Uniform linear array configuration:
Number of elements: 32
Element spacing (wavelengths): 0.75
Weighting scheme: uniform
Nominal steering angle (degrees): -30
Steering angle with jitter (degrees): -31.23
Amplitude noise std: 0.05
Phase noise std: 0.05

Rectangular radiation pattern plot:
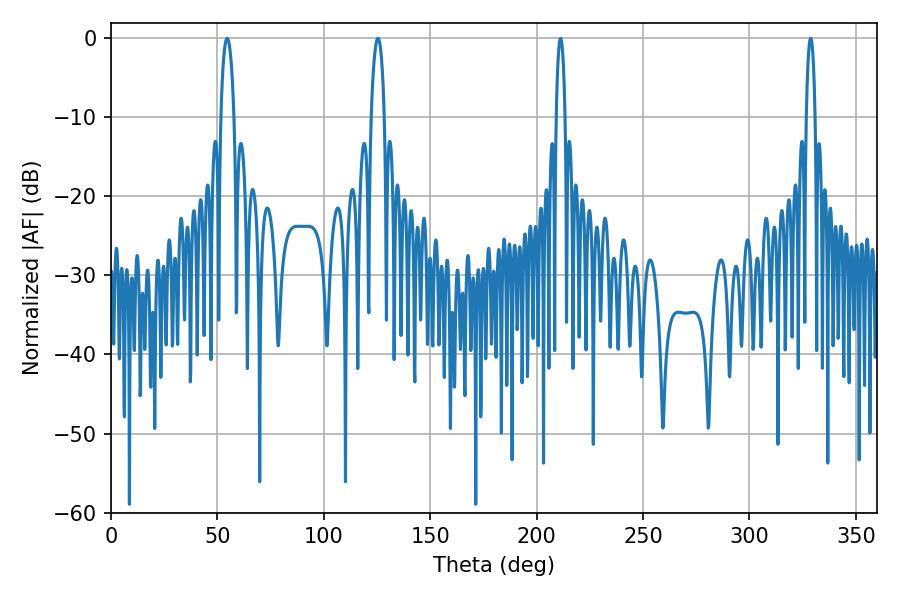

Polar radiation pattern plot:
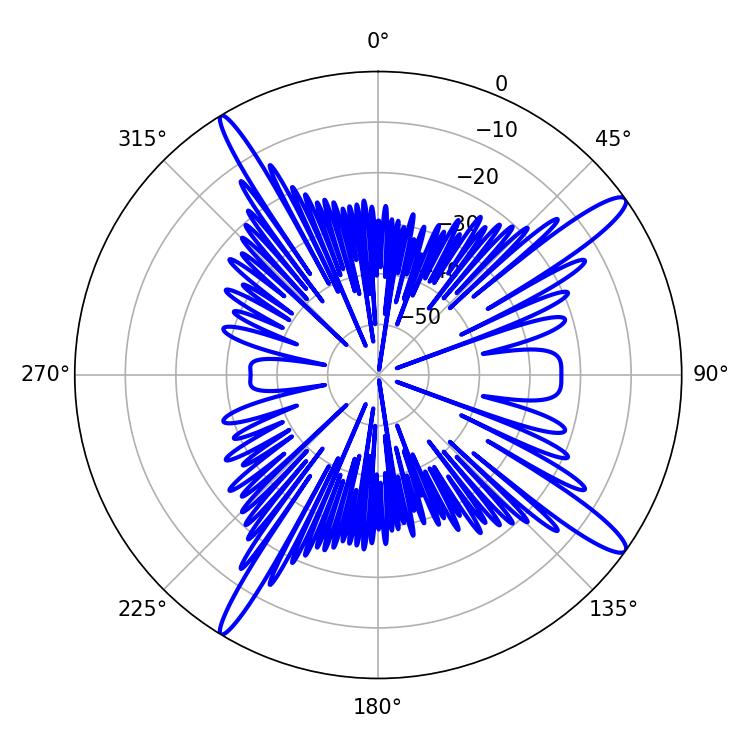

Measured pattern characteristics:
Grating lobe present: TRUE
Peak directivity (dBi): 14.811
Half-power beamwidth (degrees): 3.42
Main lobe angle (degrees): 54.54